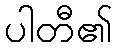
ပါတီ၏